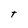
Character: t